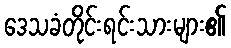
ဒေသခံတိုင်းရင်းသားများ၏